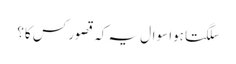
سلگتا ہوا سوال یہ کہ قصور کس کا؟